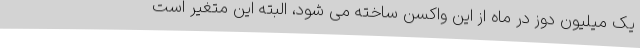
یک میلیون دوز در ماه از این واکسن ساخته می شود، البته این متغیر است